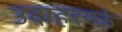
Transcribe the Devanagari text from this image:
उदाहरण्के